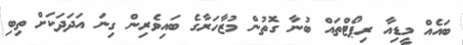
ބައެއް މީޑިއާ ރިޕޯޓްތައް ބުނާ ގޮތުން މުޒާހަރާގެ ބައިވެރިން ގިނަ އަދަދަކަށް ތިބި